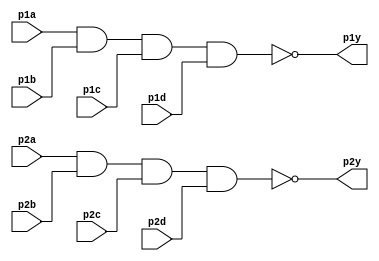
module chip_case (
    p1a,p1b,p1c,p1d,
    p2a,p2b,p2c,p2d,
    p1y,p2y
);
    input wire p1a;
    input wire p1b;
    input wire p1c;
    input wire p1d;
    input wire p2a;
    input wire p2b;
    input wire p2c;
    input wire p2d;
    output wire p1y;
    output wire p2y;

    assign p1y=~(p1a&p1b&p1c&p1d);
    assign p2y=~(p2a&p2b&p2c&p2d);

endmodule